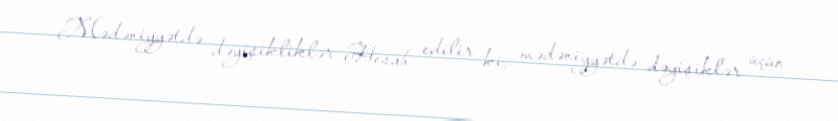
Mədəniyyətdə dəyişikliklər Hesab edilir ki, mədəniyyətdə dəyişiklər üçün